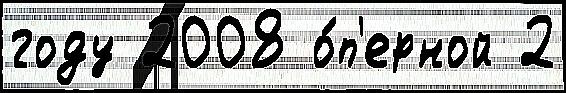
году 2008 о́п'ерной 2